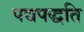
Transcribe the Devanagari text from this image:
पद्यपद्धति